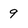
Character: 9